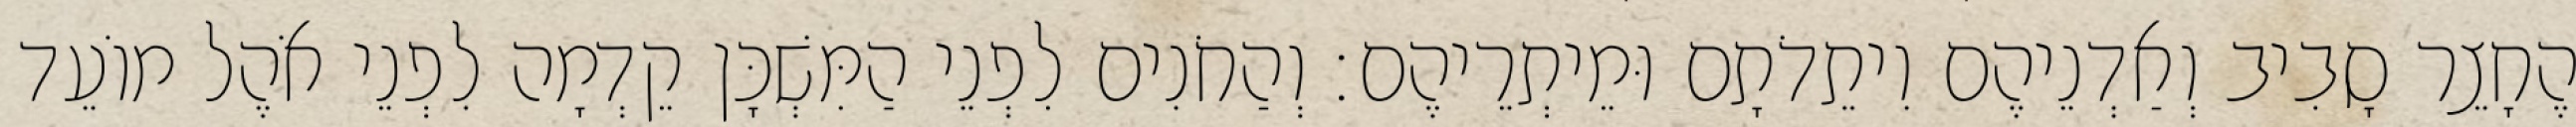
הֶחָצֵר סָבִיב וְאַדְנֵיהֶם וִיתֵדֹתָם וּמֵיתְרֵיהֶם׃ וְהַחֹנִים לִפְנֵי הַמִּשְׁכָּן קֵדְמָה לִפְנֵי אֹהֶל מוֹעֵד